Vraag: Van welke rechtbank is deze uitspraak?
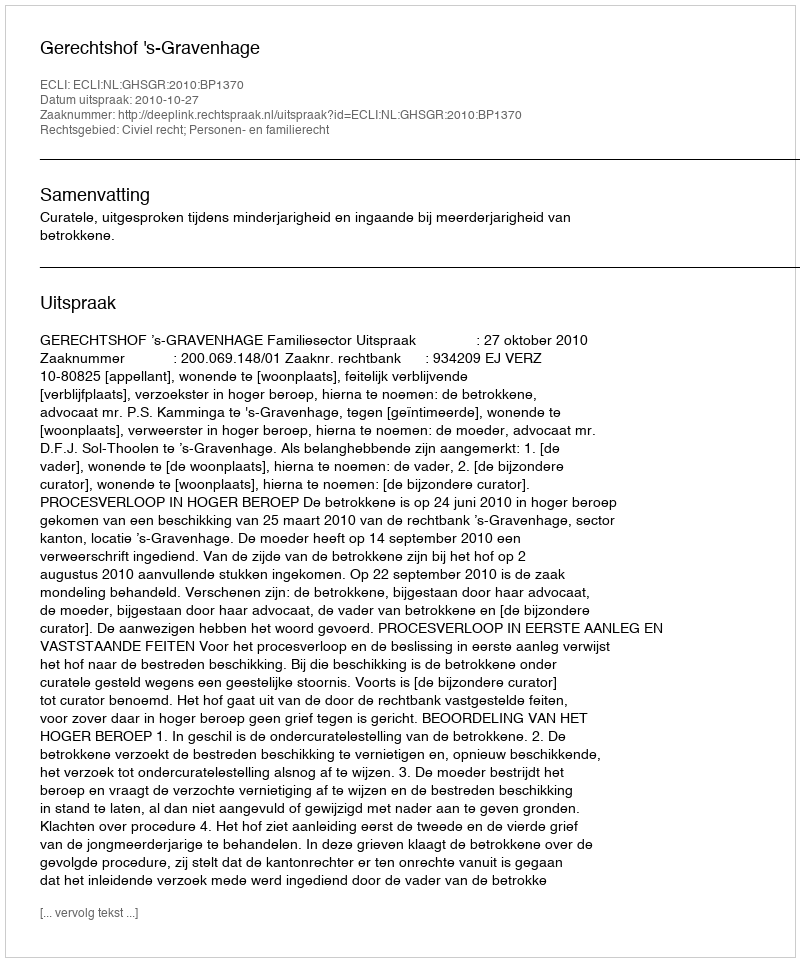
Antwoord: Gerechtshof 's-Gravenhage